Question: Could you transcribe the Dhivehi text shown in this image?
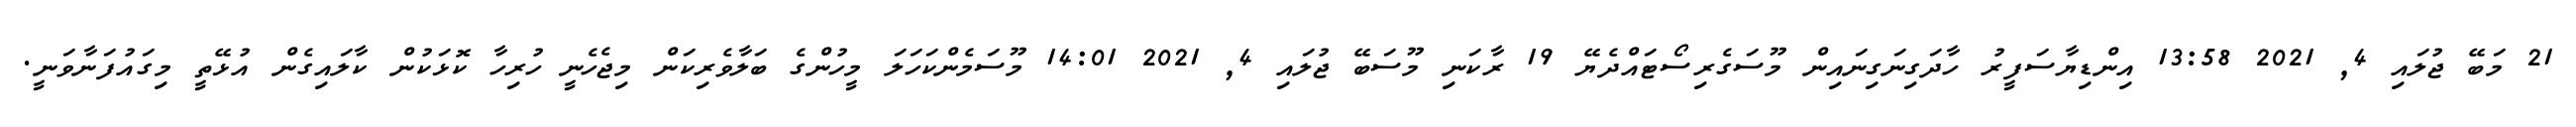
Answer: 21 މަބޭ ޖުލައި 4, 2021 13:58 އިންޑިޔާސަފީރު ހާދަގިނަގިނައިން މޫސަގެރިސޯޓައްދެޔޭ 19 ރާކަނި މޫސަބޭ ޖުލައި 4, 2021 14:01 މޫސަމެންކަހަލަ މީހުންގެ ބަލާވެރިކަން މިޖެހެނީ ހުރިހާ ކޮޅަކުން ކާލައިގެން އުޅޭތީ މިގައުފަނާވަނީ.